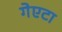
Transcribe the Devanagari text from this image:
गेएटा